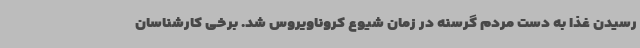
رسیدن غذا به دست مردم گرسنه در زمان شیوع کروناویروس شد. برخی کارشناسان